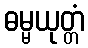
ဓမ္မယုတ္တံ